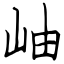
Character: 岫